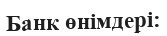
Банк өнімдері: